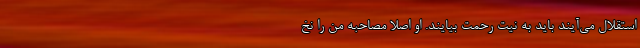
استقلال می‌آیند باید به نیت رحمت بیایند. او اصلاً مصاحبه من را نخ